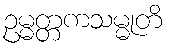
ဥမ္မတ္တကသမ္မုတိ